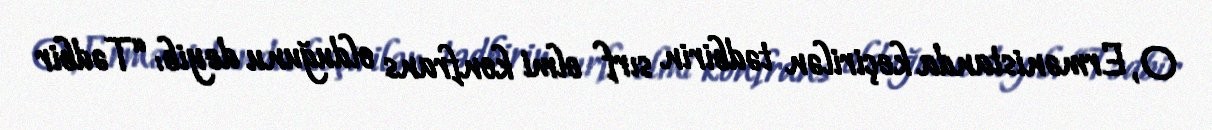
O, Ermənistanda keçirilən tədbirin sırf elmi konfrans olduğunu deyib: “Tədbir